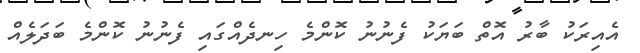
އެއިރަކު ބާރު އޮތް ބަޔަކު ފެނުނު ކޮންމެ ހިނދެއްގައި ފެނުނު ކޮންމެ ބަދަލެއް